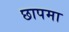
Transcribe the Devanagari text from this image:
छापमा